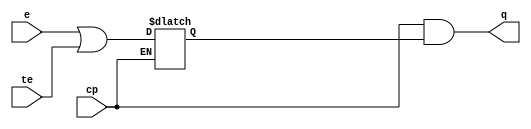
// This program was cloned from: https://github.com/intel/aib-phy-hardware
// License: Apache License 2.0

// SPDX-License-Identifier: Apache-2.0
// Copyright (C) 2019 Intel Corporation. All rights reserved
module c3aibadapt_txclk_gate
(
	input	wire		cp,
	input	wire		e,
	input	wire		te,
	output	wire		q
);

	wire	clk;
	wire	clk_n;
	wire	clken;
	reg	latch_clken;

	assign clk = cp;
	assign clk_n = ~cp;
	assign clken = e || te;

        always @(clk_n or clken)
        begin
		if (clk_n)
                begin
                        latch_clken <= clken;
                end
        end

	assign q = clk & latch_clken;

endmodule // c3aibadapt_txclk_gate